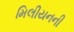
મિલીયનની